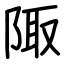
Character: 陬